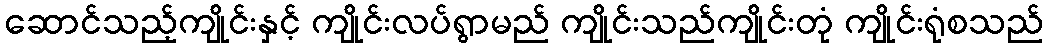
ဆောင်သည့်ကျိုင်းနှင့် ကျိုင်းလပ်ရွာမည် ကျိုင်းသည်ကျိုင်းတုံ ကျိုင်းရုံစသည်